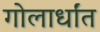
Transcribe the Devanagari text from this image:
गोलार्धांत